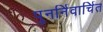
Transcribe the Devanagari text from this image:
पुनर्निवार्चित